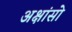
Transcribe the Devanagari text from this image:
अक्षांसो